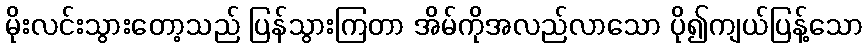
မိုးလင်းသွားတော့သည် ပြန်သွားကြတာ အိမ်ကိုအလည်လာသော ပို၍ကျယ်ပြန့်သော